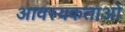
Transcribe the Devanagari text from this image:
आवस्यकताओं